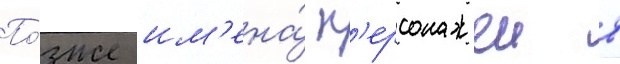
По́зже им'ена́ п'ерсонажеи в